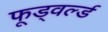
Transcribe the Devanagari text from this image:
फूड्वर्ल्ड